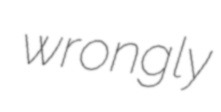
wrongly